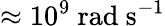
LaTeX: \approx 10^{9}\ \mathrm{rad\ s^{-1}}